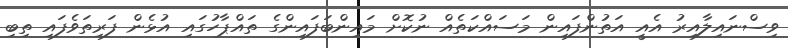
ވިސްނައިލާއިރު އެއީ އަތުންފައިން މަސައްކަތެއް ނުކޮށް މައިންބަފައިންގެ ތައްޕާހުގައި އުޅެން ފަރިތަވެފައި ތިބި